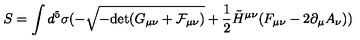
S = \int d ^ { 5 } \sigma ( - \sqrt { - \mathrm { d e t } ( G _ { \mu \nu } + \cal F _ { \mu \nu } ) } + \frac { 1 } { 2 } \tilde { H } ^ { \mu \nu } ( F _ { \mu \nu } - 2 \partial _ { \mu } A _ { \nu } ) )